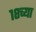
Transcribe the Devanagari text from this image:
१८च्या